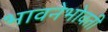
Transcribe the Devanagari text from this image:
भावनेभोवती